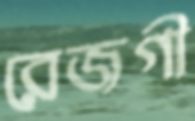
রেজগী